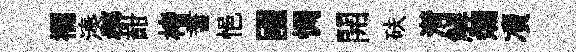
襴湊槨酣楮耆悒國惆開砆潸解爛凟